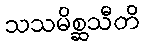
သသမိစ္ဆသီတိ